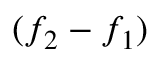
( f _ { 2 } - f _ { 1 } )